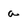
Character: a